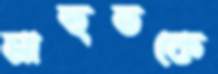
মাহুতকে